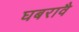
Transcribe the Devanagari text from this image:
घबरावै